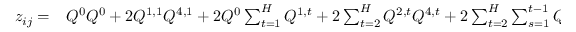
\begin{array} { r l } { z _ { i j } = } & { { } Q ^ { 0 } Q ^ { 0 } + 2 Q ^ { 1 , 1 } Q ^ { 4 , 1 } + 2 Q ^ { 0 } \sum _ { t = 1 } ^ { H } Q ^ { 1 , t } + 2 \sum _ { t = 2 } ^ { H } Q ^ { 2 , t } Q ^ { 4 , t } + 2 \sum _ { t = 2 } ^ { H } \sum _ { s = 1 } ^ { t - 1 } Q ^ { 1 , t } Q ^ { 3 , s } } \end{array}